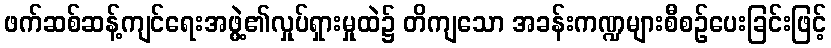
ဖက်ဆစ်ဆန့်ကျင်ရေးအဖွဲ့၏လှုပ်ရှားမှုထဲ၌ တိကျသော အခန်းကဏ္ဍများစီစဉ်ပေးခြင်းဖြင့်